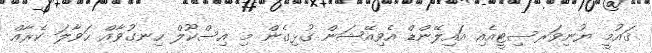
ޤައުމީ ޔުނިވަރސިޓީއެއި އައިލޭންޑް އެވިއޭޝަން ގުޅިގެން މި އިސްކޫލް ހިނގުވާއް ޙަވާލަ ކެރާއް